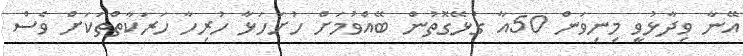
އޭނާ ވިދާޅުވީ މިނިވަން 50އާ ގުޅޭގޮތުން ބޭއްވުމަށް ހުށަހަޅާ ހުރިހާ ހަރަކާތްތަކަށް ވެސް